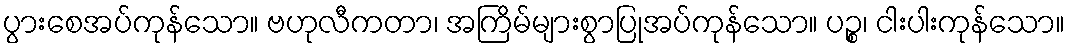
ပွားစေအပ်ကုန်သော။ ဗဟုလီကတာ၊ အကြိမ်များစွာပြုအပ်ကုန်သော။ ပဉ္စ၊ ငါးပါးကုန်သော။